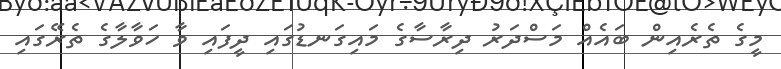
މީގެ ތެރެއިން ބައެއް މަސްދަރު ދިރާސާގެ މައިގަނޑުގައި ދީފައި ވާ ހަވާލާގެ ތެރޭގައި